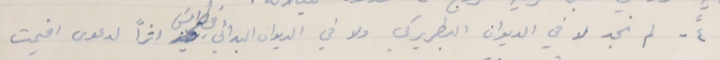
٤ ً - لم نجد لا في الديوان البطريركي ولا في الديوان البدائي في طرابلسَ اثراً لدعوى اقيمت